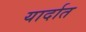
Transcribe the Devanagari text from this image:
यार्दात